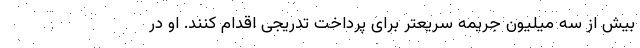
بیش از سه میلیون جریمه سریعتر برای پرداخت تدریجی اقدام کنند. او در